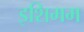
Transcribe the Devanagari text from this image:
इशिमम